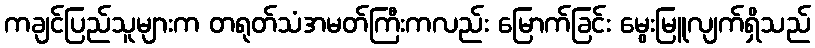
ကချင်ပြည်သူများက တရုတ်သံအမတ်ကြီးကလည်း မြောက်ခြင်း မွေးမြူလျက်ရှိသည်